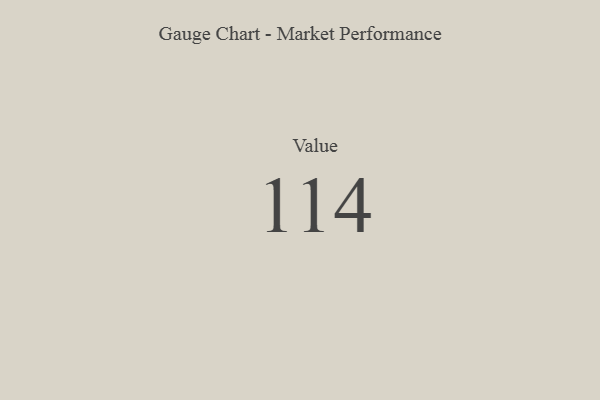
{"axis": {"x": "Metric", "y": "Value"}, "legend": [""], "data": [{"x": "Value", "y": 114, "type": ""}]}